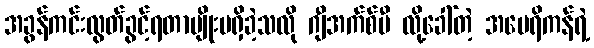
အခွန်ကင်းလွတ်ခွင့်ရတာမျိုးမရှိခဲ့သလို ဂျီအက်စ်ပီ လို့ခေါ်တဲ့ အမေရိကန်ရဲ့